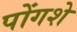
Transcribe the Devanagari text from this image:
पोंगशे